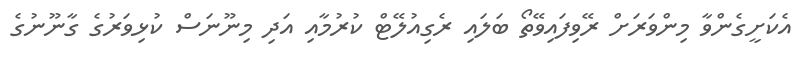
އެކަށީގެންވާ މިންވަރަށް ރޭވިފައިވޭތޯ ބަލައި ރެގިއުލޭޓް ކުރުމާއި އަދި މިނޫނަސް ކުޅިވަރުގެ ގާނޫނުގެ